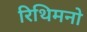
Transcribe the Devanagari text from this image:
रिथिमनो